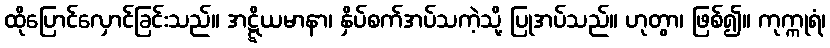
ထိုပြောင်လှောင်ခြင်းသည်။ အဋ္ဋိယမာနာ၊ နှိပ်စက်အပ်သကဲ့သို့ ပြုအပ်သည်။ ဟုတွာ၊ ဖြစ်၍။ ကုက္ကုရံ၊